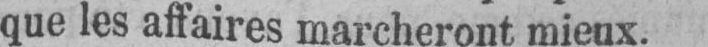
que les affaires marcheront mieux.